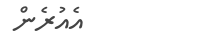
އެއުރެން